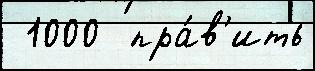
 1000  пра́в'ить